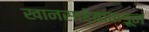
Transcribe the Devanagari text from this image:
खानसाहेबांकडून